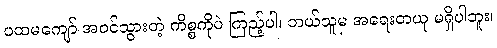
ပထမကျော် အဝင်သွားတဲ့ ကိစ္စကိုပဲ ကြည့်ပါ၊ ဘယ်သူမှ အရေးတယူ မရှိပါဘူး၊